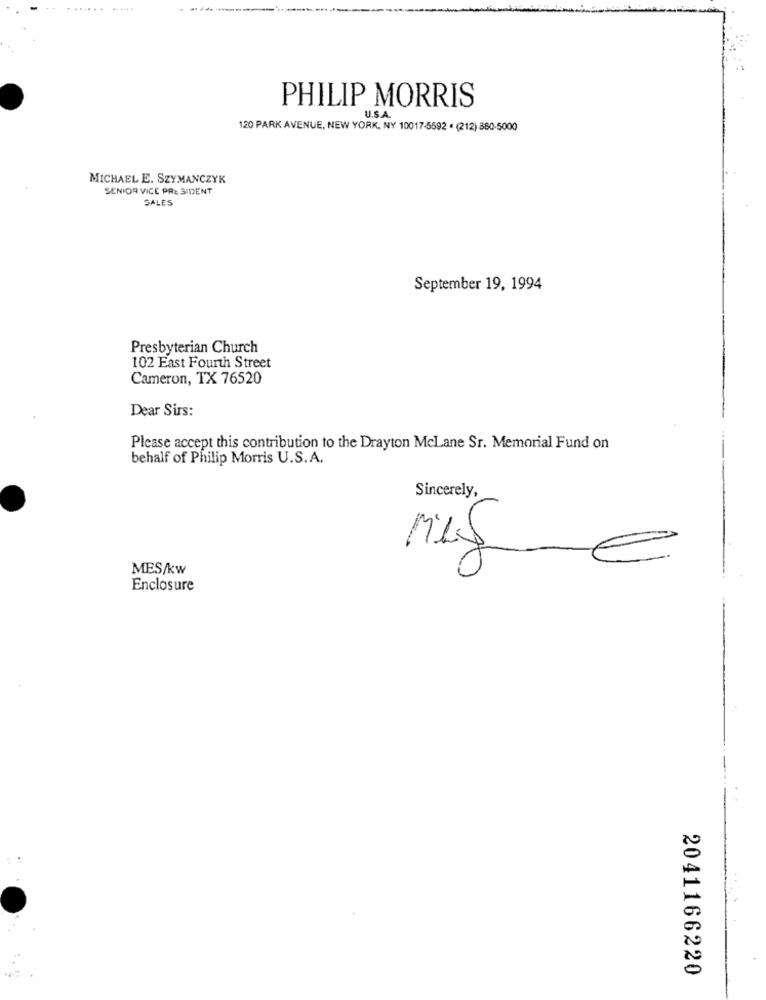
PHILIP MORRIS
U.S.A.
120 PARK AVENUE, NEW YORK, NY 10017-5592 · (212) 880-5000
MICHAEL E. SZYMANCZYK
SENIOR VICE PRESIDENT
SALES
September 19, 1994
Presbyterian Church
102 East Fourth Street
Cameron, TX 76520
Dear Sirs:
Please accept this contribution to the Drayton McLane Sr. Memorial Fund on
behalf of Philip Morris U.S.A.
Sincerely,
MES/kw
Enclosure
2041166220